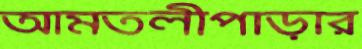
আমতলীপাড়ার